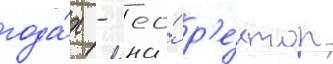
года́х - ео́ р'е́ктор